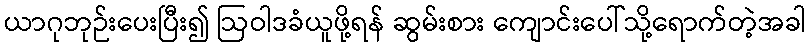
ယာဂုဘုဉ်းပေးပြီး၍ ဩဝါဒခံယူဖို့ရန် ဆွမ်းစား ကျောင်းပေါ်သို့ရောက်တဲ့အခါ